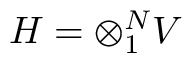
{ \cal H } = \otimes _ { 1 } ^ { N } V